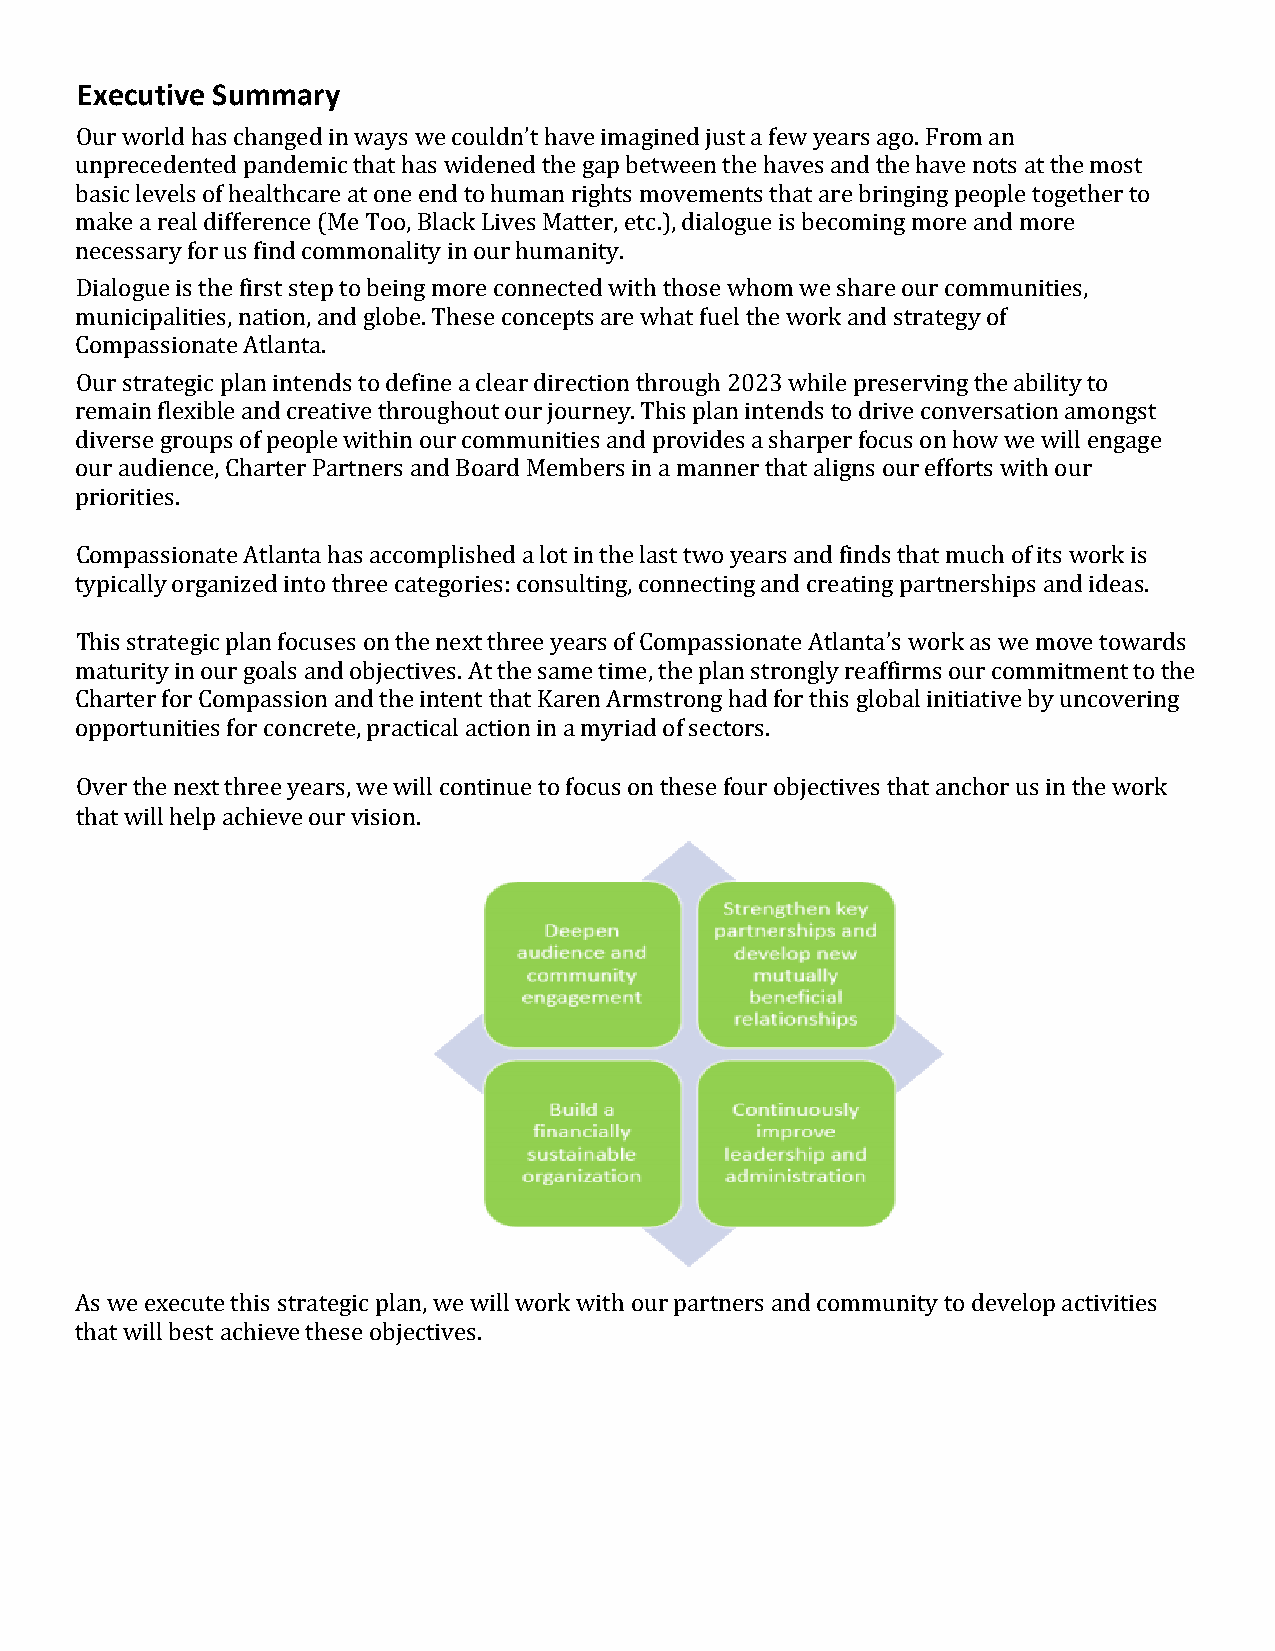
Executive Summary
 Our world has changed in ways we couldn’t have imagined just a few years ago. From an
 unprecedented pandemic that has widened the gap between the haves and the have nots at the most
 basic levels of healthcare at one end to human rights movements that are bringing people together to
 make a real difference (Me Too, Black Lives Matter, etc.), dialogue is becoming more and more
 necessary for us find commonality in our humanity.
 Dialogue is the first step to being more connected with those whom we share our communities,
 municipalities, nation, and globe. These concepts are what fuel the work and strategy of
 Compassionate Atlanta.
 Our strategic plan intends to define a clear direction through 2023 while preserving the ability to
 remain flexible and creative throughout our journey. This plan intends to drive conversation amongst
 diverse groups of people within our communities and provides a sharper focus on how we will engage
 our audience, Charter Partners and Board Members in a manner that aligns our efforts with our
 priorities.
 Compassionate Atlanta has accomplished a lot in the last two years and finds that much of its work is
 typically organized into three categories: consulting, connecting and creating partnerships and ideas.
 This strategic plan focuses on the next three years of Compassionate Atlanta’s work as we move towards
 maturity in our goals and objectives. At the same time, the plan strongly reaffirms our commitment to the
 Charter for Compassion and the intent that Karen Armstrong had for this global initiative by uncovering
 opportunities for concrete, practical action in a myriad of sectors.
 Over the next three years, we will continue to focus on these four objectives that anchor us in the work
 that will help achieve our vision.
 As we execute this strategic plan, we will work with our partners and community to develop activities
 that will best achieve these objectives.